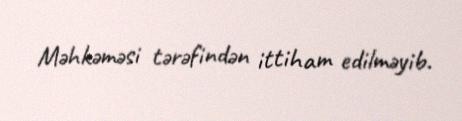
Məhkəməsi tərəfindən ittiham edilməyib.